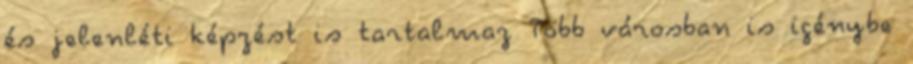
és jelenléti képzést is tartalmaz Több városban is igénybe